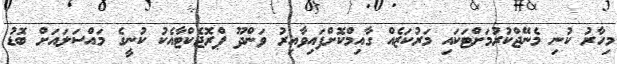
މިހާރު ކުނި މެނޭޖްކުރުމަށްޓަކައި މަރުކަޒެއް ގާއިމްކޮށްފައިވާއިރު ވަންދޫ ޕްރޮޖެކްޓާއެކު ކުނީގެ މައްސަލައަށް ބޮޑު